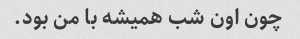
چون اون شب همیشه با من بود.